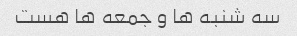
سه شنبه ها و جمعه ها هست